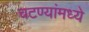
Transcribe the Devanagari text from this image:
चटण्यांमध्ये